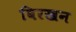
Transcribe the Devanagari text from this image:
बिरखन